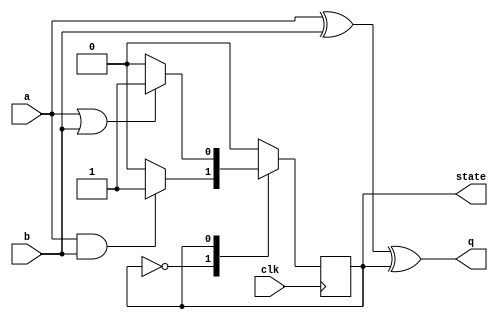
module top_module (
    input clk,
    input a,
    input b,
    output q,
    output state  );
	
    localparam A=1'b0, B=1'b1;
    
    always @(posedge clk) begin
        case(state)
            A: if(a&b) state <= B;
            B: if(~(a|b)) state <= A;
        endcase
    end
    
    assign q = a^b^state;
    
endmodule
module top_module (
    input clk,
    input a,
    input b,
    output q,
    output state  );
    
    always @(posedge clk) begin
        if (a == b)
            state <= a;
    end
    
    assign q = a^b^state;

endmodule